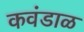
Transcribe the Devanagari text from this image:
कवंडाळ